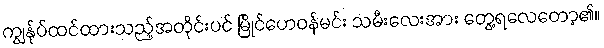
ကျွန်ုပ်ထင်ထားသည့်အတိုင်းပင် မြိုင်ဟေဝန်မင်း သမီးလေးအား တွေ့ရလေတော့၏။